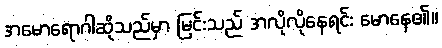
အမောရောဂါဆိုသည်မှာ မြင်းသည် အလိုလိုနေရင်း မောနေ၏။